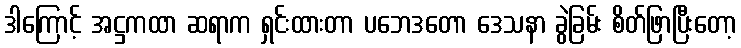
ဒါကြောင့် အဋ္ဌကထာ ဆရာက ရှင်းထားတာ ပဘေဒတော ဒေသနာ ခွဲခြမ်း စိတ်ဖြာပြီးတော့